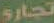
تجاري